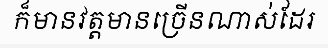
ក៏មានវត្តមានច្រើនណាស់ដែរ